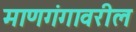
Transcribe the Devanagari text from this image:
माणगंगावरील